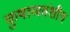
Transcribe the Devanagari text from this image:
कुषाणवंशीय